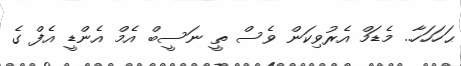
ޙަހަހަހާ.. މެޑަމް އެރުވިކަން ވެސް ތީ ނަސީބް އެމް އެންޑީ އެފް ގެ